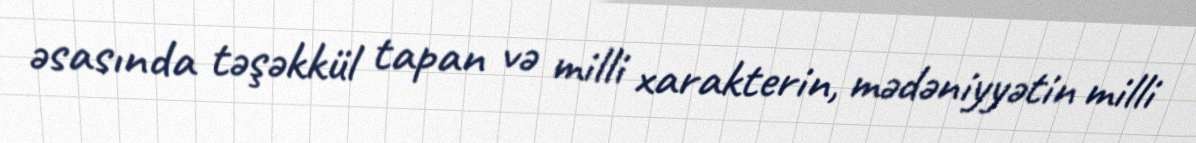
əsasında təşəkkül tapan və milli xarakterin, mədəniyyətin milli